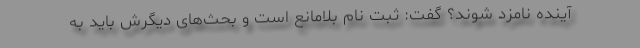
آینده نامزد شوند؟ گفت: ثبت نام بلامانع است و بحث‌های دیگرش باید به